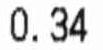
0.34